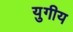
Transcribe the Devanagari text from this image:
युगीय